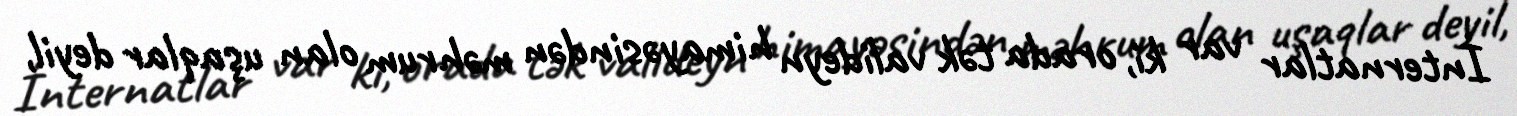
İnternatlar var ki, orada tək valideyn himayəsindən məhrum olan uşaqlar deyil,